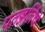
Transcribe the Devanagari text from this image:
पतञ्जलिंचे